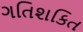
ગતિશકિત